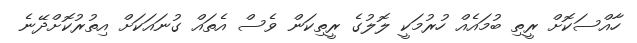
ހާއްސަކޮށް ރީތި ބުމައެއް ހުރުމަކީ ލޮލުގެ ރީތިކަން ވެސް އެތައް ގުނައަކަށް އިތުރުކޮށްދޭނެ